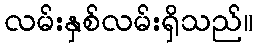
လမ်းနှစ်လမ်းရှိသည်။